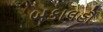
બકાલહૌ